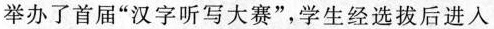
举办了首届”汉字听写大赛”，学生经选拔后进入